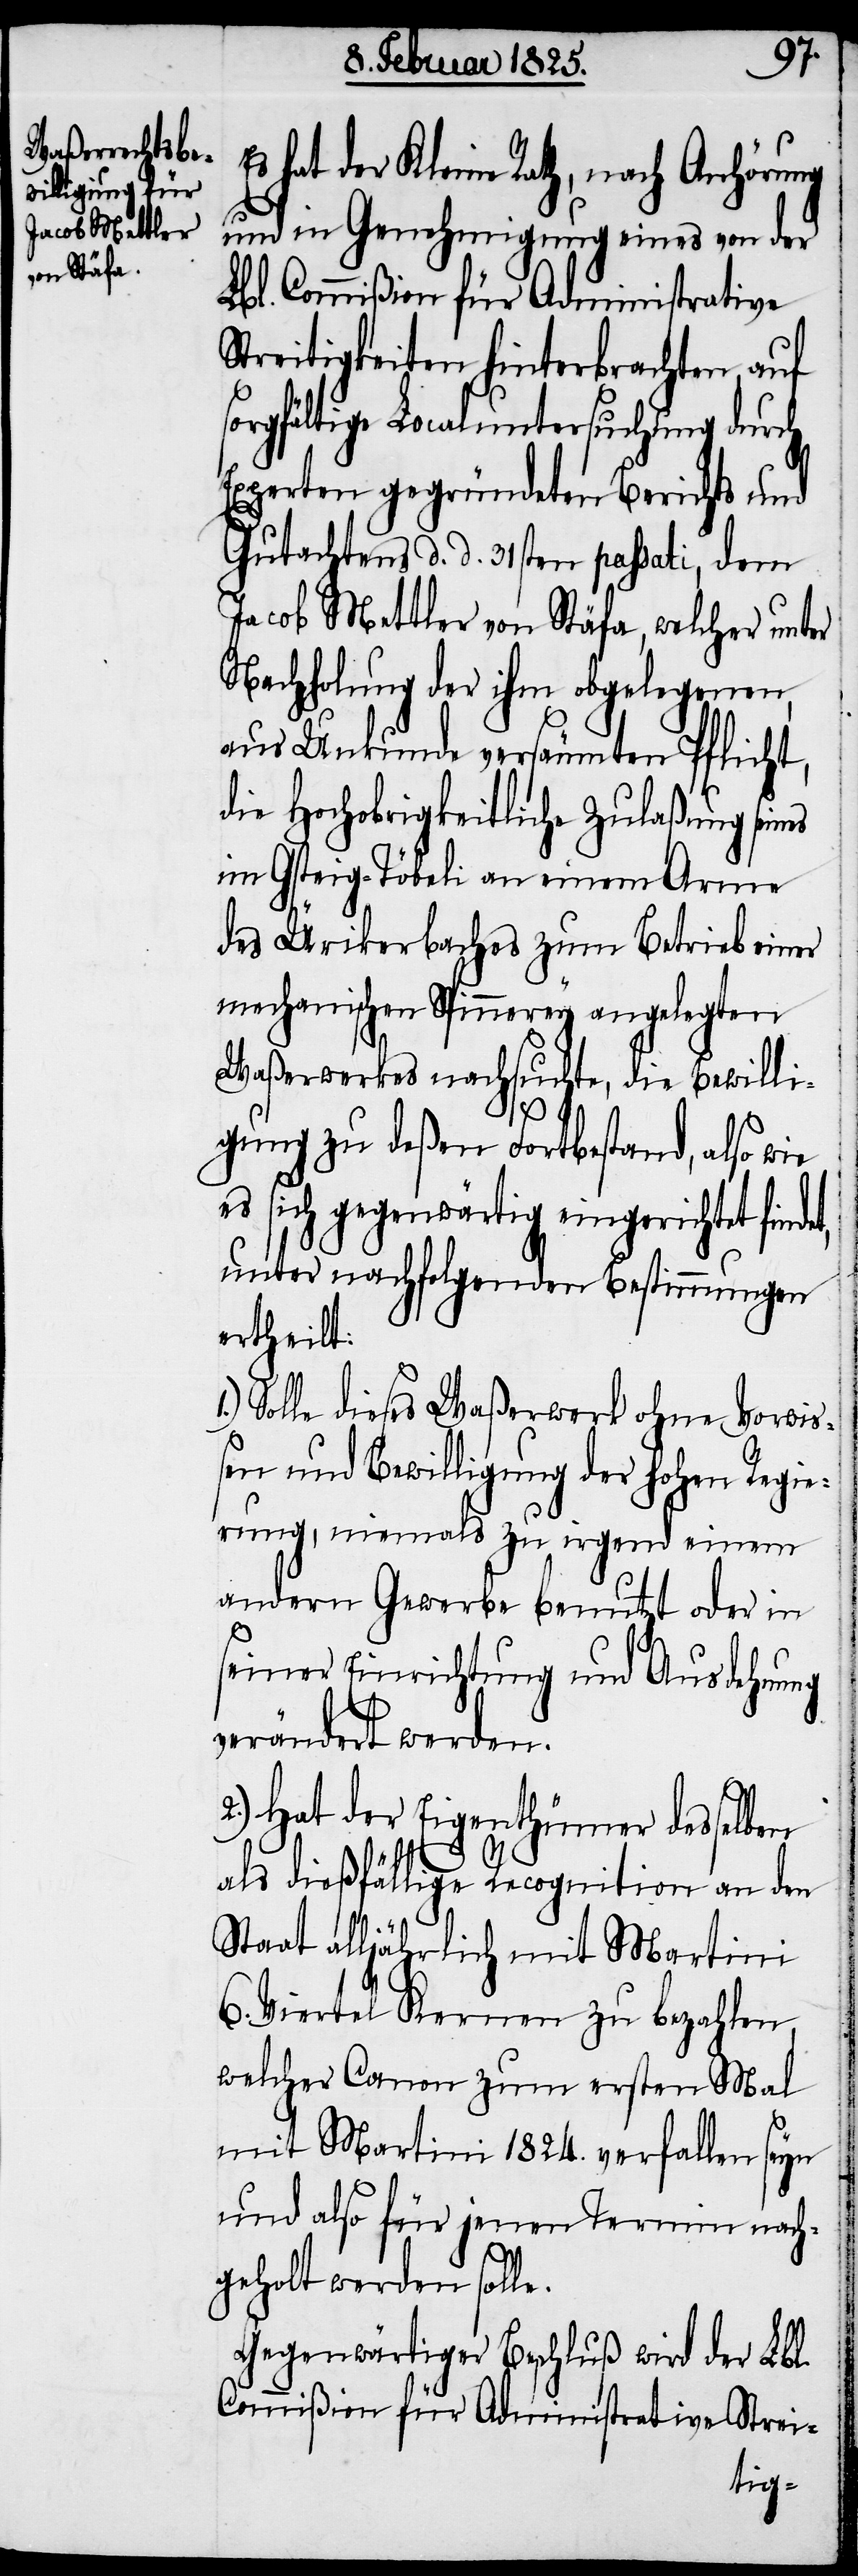
s hat der Kleine Rath, nach Anhörung
und in Genehmigung eines von der
Lbl. Commißion für Administrative
Streitigkeiten hinterbrachten, auf
sorgfältige Localuntersuchung durch
Experten gegründeten Berichts und
Gutachtens d. d. 31sten passati, dem
Jacob Mettler von Stäfa, welcher unter
Nachholung der ihm obgelegenen,
aus Unkunde versäumten Pflicht,
die Hochobrigkeitliche Zulaßung sein¬
im Gsteig-Töbeli an einem Arme
des Ürikerbaches zum Betrieb einer
mechanischen Spinnerey angelegten
Waßerwerkes nachsuchte, die Bewilli¬
1.)
gung zu deßen Fortbestand, also wie
es sich gegenwärtig eingerichtet finde¬
unter nachfolgenden Bestimmungen
ertheilt:
Solle dieses Waßerwerk ohne Vorwi¬
ßen und Bewilligung der hohen Regie¬
rung, niemals zu irgend einem
andern Gewerbe benutzt oder in
seiner Einrichtung und Ausdehnung
verändert werden.
2.) Hat der Eigenthümer desselben
als dießfällige Recognition an den
Staat alljährlich mit Martini
6. Viertel Kernen zu bezahlen,
welcher Canon zum ersten Mal
mit Martini 1824. verfallen seyn
und also für jenen Termin nach¬
geholt werden solle.
Gegenwärtiger Beschluß wird der Lbl.
Commißion für Administrative Strei-